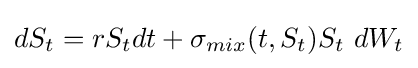
dS_{t}=rS_{t}dt+\sigma _{mix}(t,S_{t})S_{t}\ dW_{t}